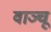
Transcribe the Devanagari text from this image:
वाञ्चू